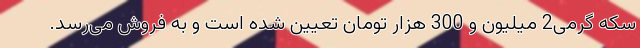
سکه گرمی2 میلیون و 300 هزار تومان تعیین شده است و به فروش می‌رسد.